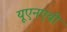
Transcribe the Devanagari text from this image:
यूएनएबी